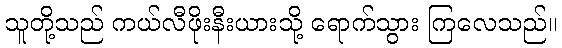
သူတို့သည် ကယ်လီဖိုးနီးယားသို့ ရောက်သွား ကြလေသည်။